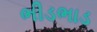
ભીડભાડ